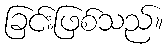
ခြင်းဖြစ်သည်။